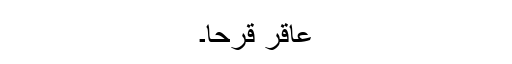
عاقر قرحا۔